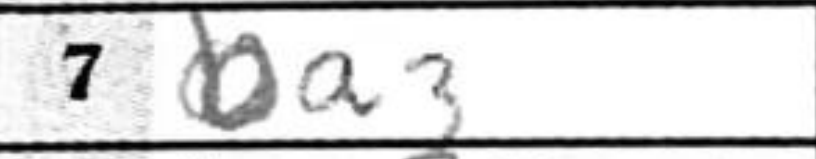
Transcription: ba3